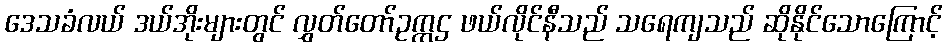
ဒေသခံလယ် ဒယ်အိုးများတွင် လွှတ်တော်ဥက္ကဌ ဖယ်လိုင်နီသည် သရေကျသည် ဆိုနိုင်သောကြောင့်